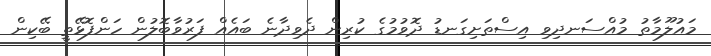
މައުލޫމާތު މުއްސަނދިވި އިސްތަށިގަނޑު ދޮވުމުގެ ކުރިން ދެވިދާނެ ބައެއް ފަރުވާބޮލުން ހަންފޮޅޭތީ ބޭކިން